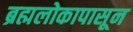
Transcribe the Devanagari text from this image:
ब्रह्मलोकापासून